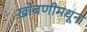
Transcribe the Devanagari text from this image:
खोबणीमधून